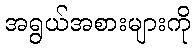
အရွယ်အစားများကို